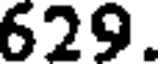
629.